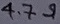
Text: 4.7Ω